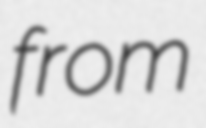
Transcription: from